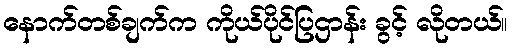
နောက်တစ်ချက်က ကိုယ်ပိုင်ပြဌာန်း ခွင့် လိုတယ်။